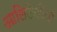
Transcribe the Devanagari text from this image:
आलिटेलीया